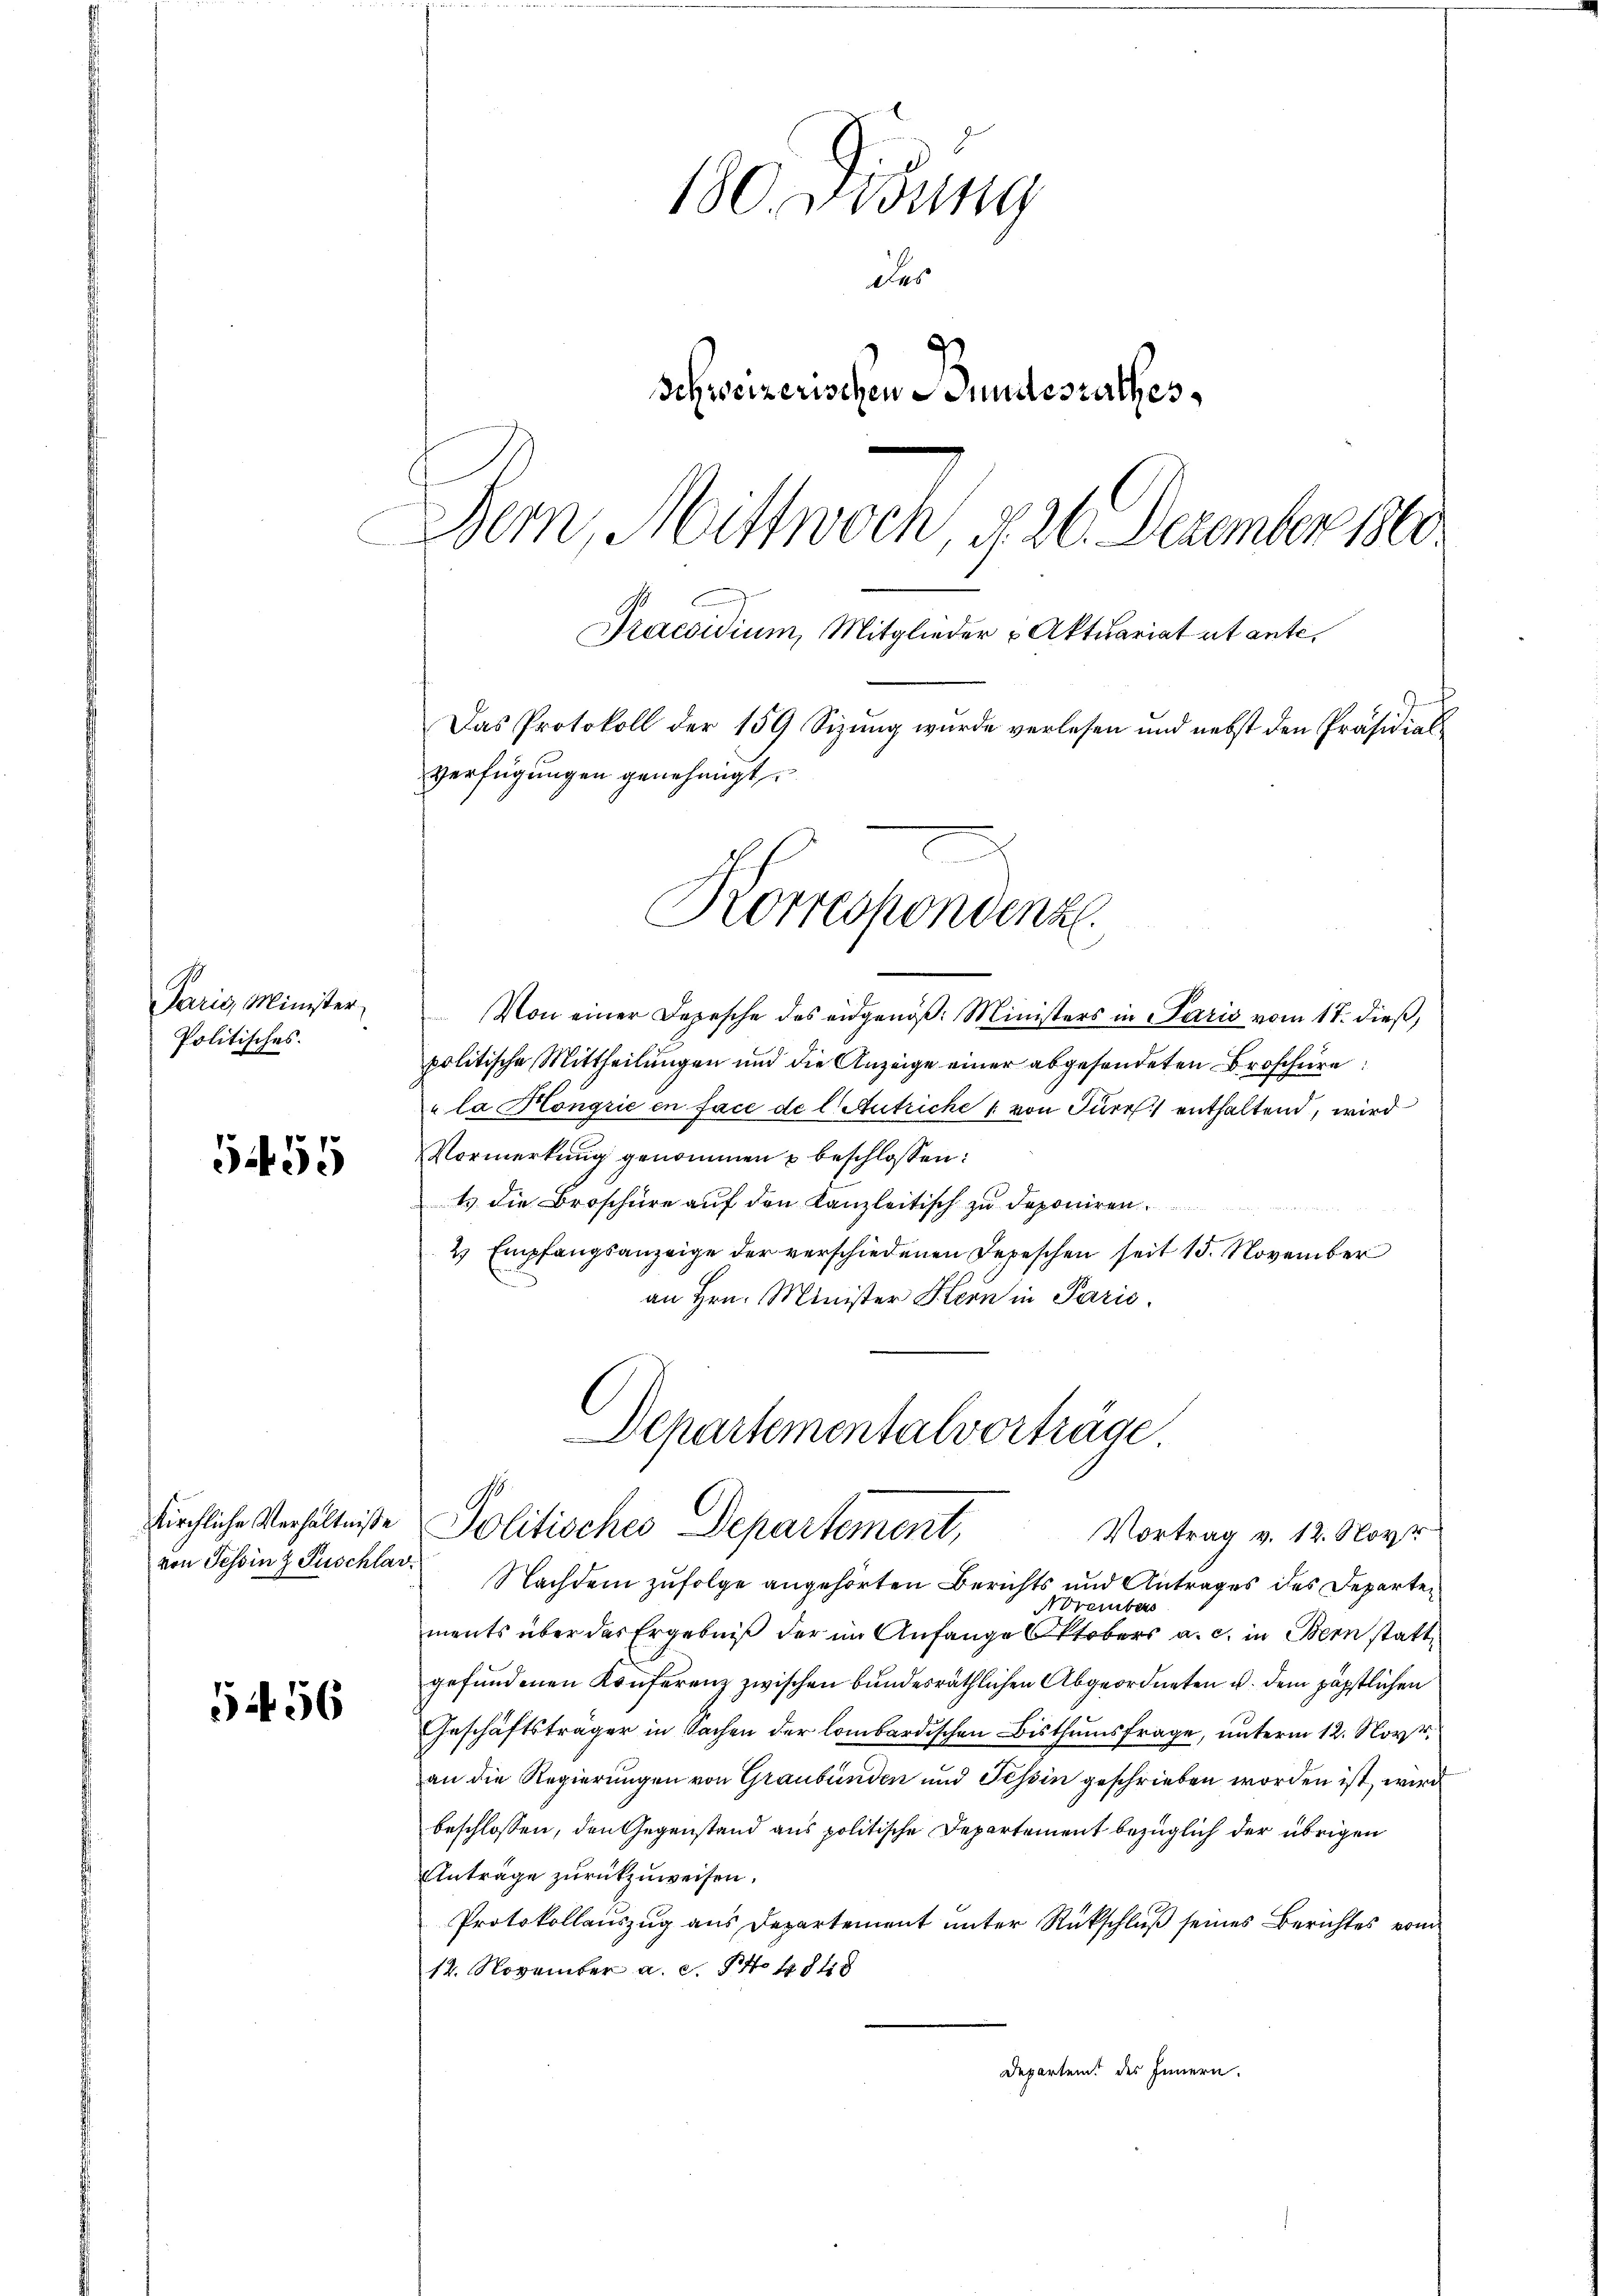
Paris, Minister
Politisches.

5455

von Tessin z Zuschlar.

556

180. wodung
des
Schweizerischen Bundesrathes,
Bern, Mittwoch, § 26. Dezember 1800.
Praesidium, Mitglieder u Aktuariat et ante,
Das Protokoll der 159 Sizŭng wurde verlesen und nebst den Präsidial-
Verfügungen genehmigt.

Korrespondenz

Von einer Depesche des eidgenöß: Ministers in Paris vom 17. dieß,
politische Mittheilungen und die Anzeige einer abgesendeten Broschüre
la Kongrić in face de l. Antriche von Furch enthaltend, wird
Vormerkung genommen u beschlossen:
ts die Broschüre auf den Kanzleitisch zu deponiren.
2 Empfangsanzeige der verschiedenen Depeschen seit 15. November
an Hrn. Minister Hern in Paris.

Departementalvorträge
kirchliche Verhältniße Politisches Departement,
Vortrag v. 12. Nov

Nachdem zufolge angehörten Berichts und Antrages des Departe¬
Novembers
ments über das Ergebniß der im Anfange Oktobers a. c. in Bern stattgefundenen Konferenz zwischen bundesräthlichen Abgeordneten u. dem päpstlichen
Geschäftsträger in Sachen der lombardischen Bisthumsfrage, unterm 12. Nove
an die Regierungen von Graubünden und Tessin geschrieben worden ist, wird
beschlossen, den Gegenstand aus politische Departement bezüglich der übrigen
Anträge zurückzuweisen.
Protokollauszug aus Departement unter Rückschluß seines Berichtes von
12. November a. c. No 484
Departem des Innern.